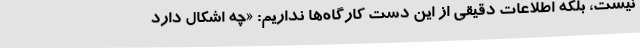
نیست، بلکه اطلاعات دقیقی از این دست کارگاه‌ها نداریم: «چه اشکال دارد